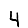
Digit: 4